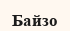
Байзо